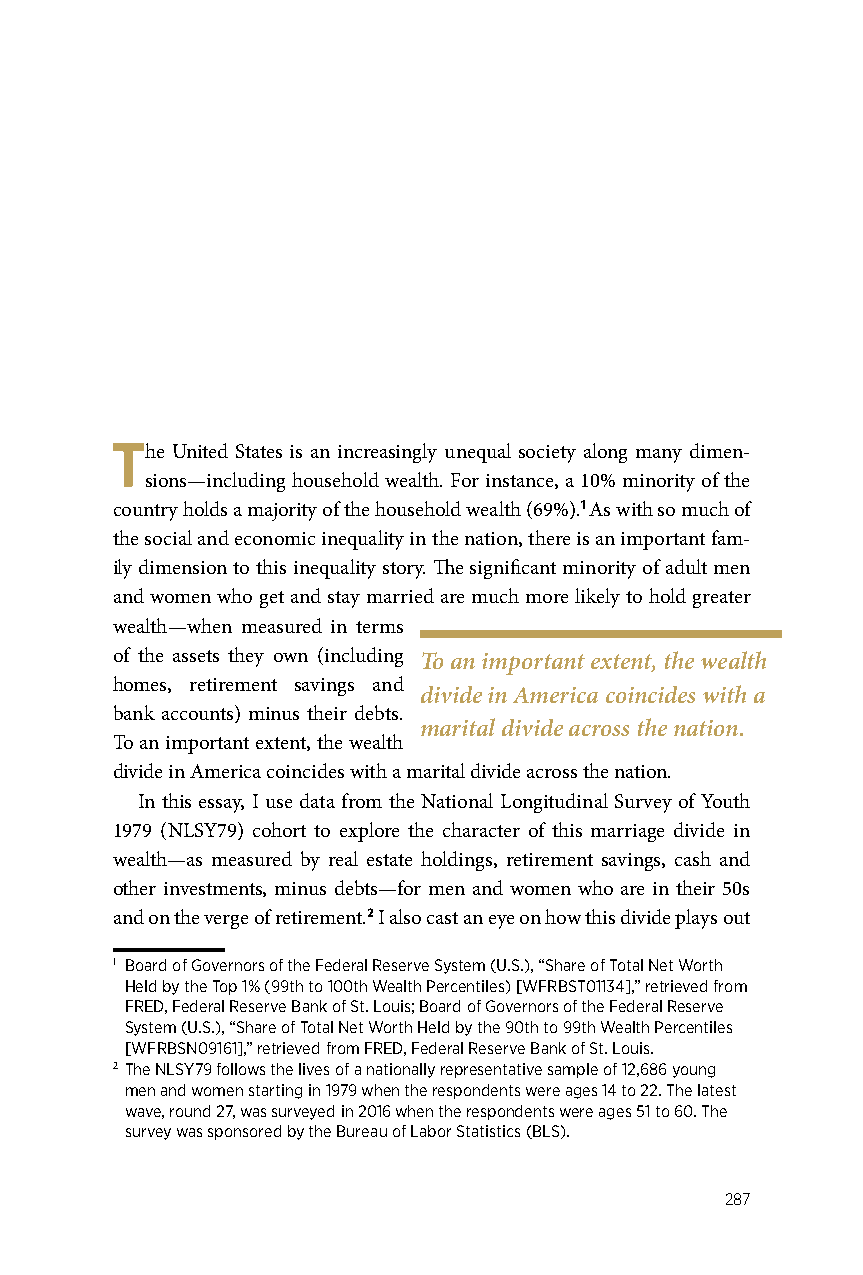
The United States is an increasingly unequal society along many dimen-
 sions—including household wealth. For instance, a 10% minority of the
 country holds a majority of the household wealth (69%).1 As with so much of
 the social and economic inequality in the nation, there is an important fam-
 ily dimension to this inequality story. The significant minority of adult men
 and women who get and stay married are much more likely to hold greater
 wealth—when measured in terms
 of the assets they own (including To an important extent, the wealth
 homes, retirement savings and
 divide in America coincides with a
 bank accounts) minus their debts.
 marital divide across the nation.
 To an important extent, the wealth
 divide in America coincides with a marital divide across the nation.
 In this essay, I use data from the National Longitudinal Survey of Youth
 1979 (NLSY79) cohort to explore the character of this marriage divide in
 wealth—as measured by real estate holdings, retirement savings, cash and
 other investments, minus debts—for men and women who are in their 50s
 and on the verge of retirement.2 I also cast an eye on how this divide plays out
 1 Board of Governors of the Federal Reserve System (U.S.), “Share of Total Net Worth
 Held by the Top 1% (99th to 100th Wealth Percentiles) [WFRBST01134],” retrieved from
 FRED, Federal Reserve Bank of St. Louis; Board of Governors of the Federal Reserve
 System (U.S.), “Share of Total Net Worth Held by the 90th to 99th Wealth Percentiles
 [WFRBSN09161],” retrieved from FRED, Federal Reserve Bank of St. Louis.
 2 The NLSY79 follows the lives of a nationally representative sample of 12,686 young
 men and women starting in 1979 when the respondents were ages 14 to 22. The latest
 wave, round 27, was surveyed in 2016 when the respondents were ages 51 to 60. The
 survey was sponsored by the Bureau of Labor Statistics (BLS).
 287